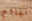
الجائع